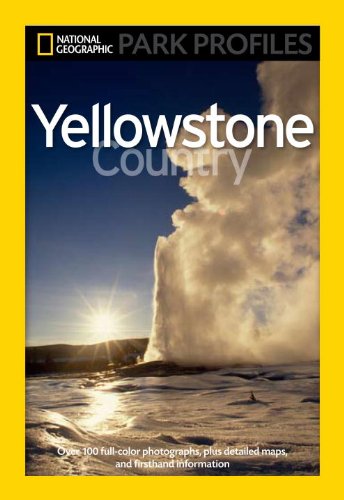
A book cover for National Geographic Park Profiles: Yellowstone Country; Seymour L. Fishbein; Medical Books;